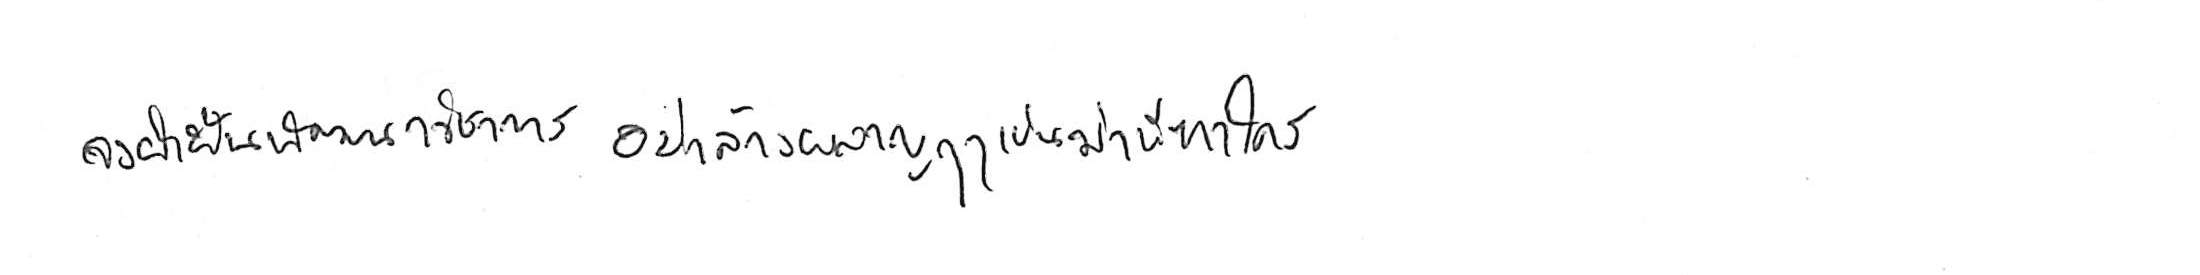
จงฝ่าฟันพัฒนาวิชาการ อย่าล้างผลาญฤๅเข่นฆ่าบีฑาใคร